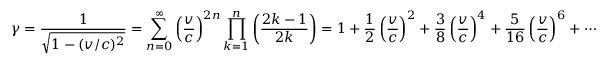
\gamma = { \frac { 1 } { \sqrt { 1 - ( v / c ) ^ { 2 } } } } = \sum _ { n = 0 } ^ { \infty } \left( { \frac { v } { c } } \right) ^ { 2 n } \prod _ { k = 1 } ^ { n } \left( { \frac { 2 k - 1 } { 2 k } } \right) = 1 + { \frac { 1 } { 2 } } \left( { \frac { v } { c } } \right) ^ { 2 } + { \frac { 3 } { 8 } } \left( { \frac { v } { c } } \right) ^ { 4 } + { \frac { 5 } { 1 6 } } \left( { \frac { v } { c } } \right) ^ { 6 } + \cdots